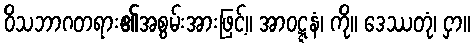
ဝိသဘာဂတရား၏အစွမ်းအားဖြင့်။ အာဝဋ္ဋနံ၊ ကို။ ဒေဿတုံ၊ ငှာ။